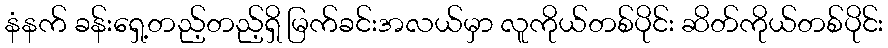
နံနက် ခန်းရှေ့တည့်တည့်ရှိ မြက်ခင်းအလယ်မှာ လူကိုယ်တစ်ပိုင်း ဆိတ်ကိုယ်တစ်ပိုင်း